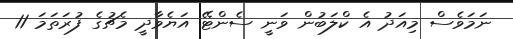
ނަމަވެސް މިއަދު އެ ކްލަބުން ވަނީ ސެންޓޭ އަޔެވާދީ މެޗުގެ ފުރަތަމަ 11